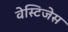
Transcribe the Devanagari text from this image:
वेस्टिजेस